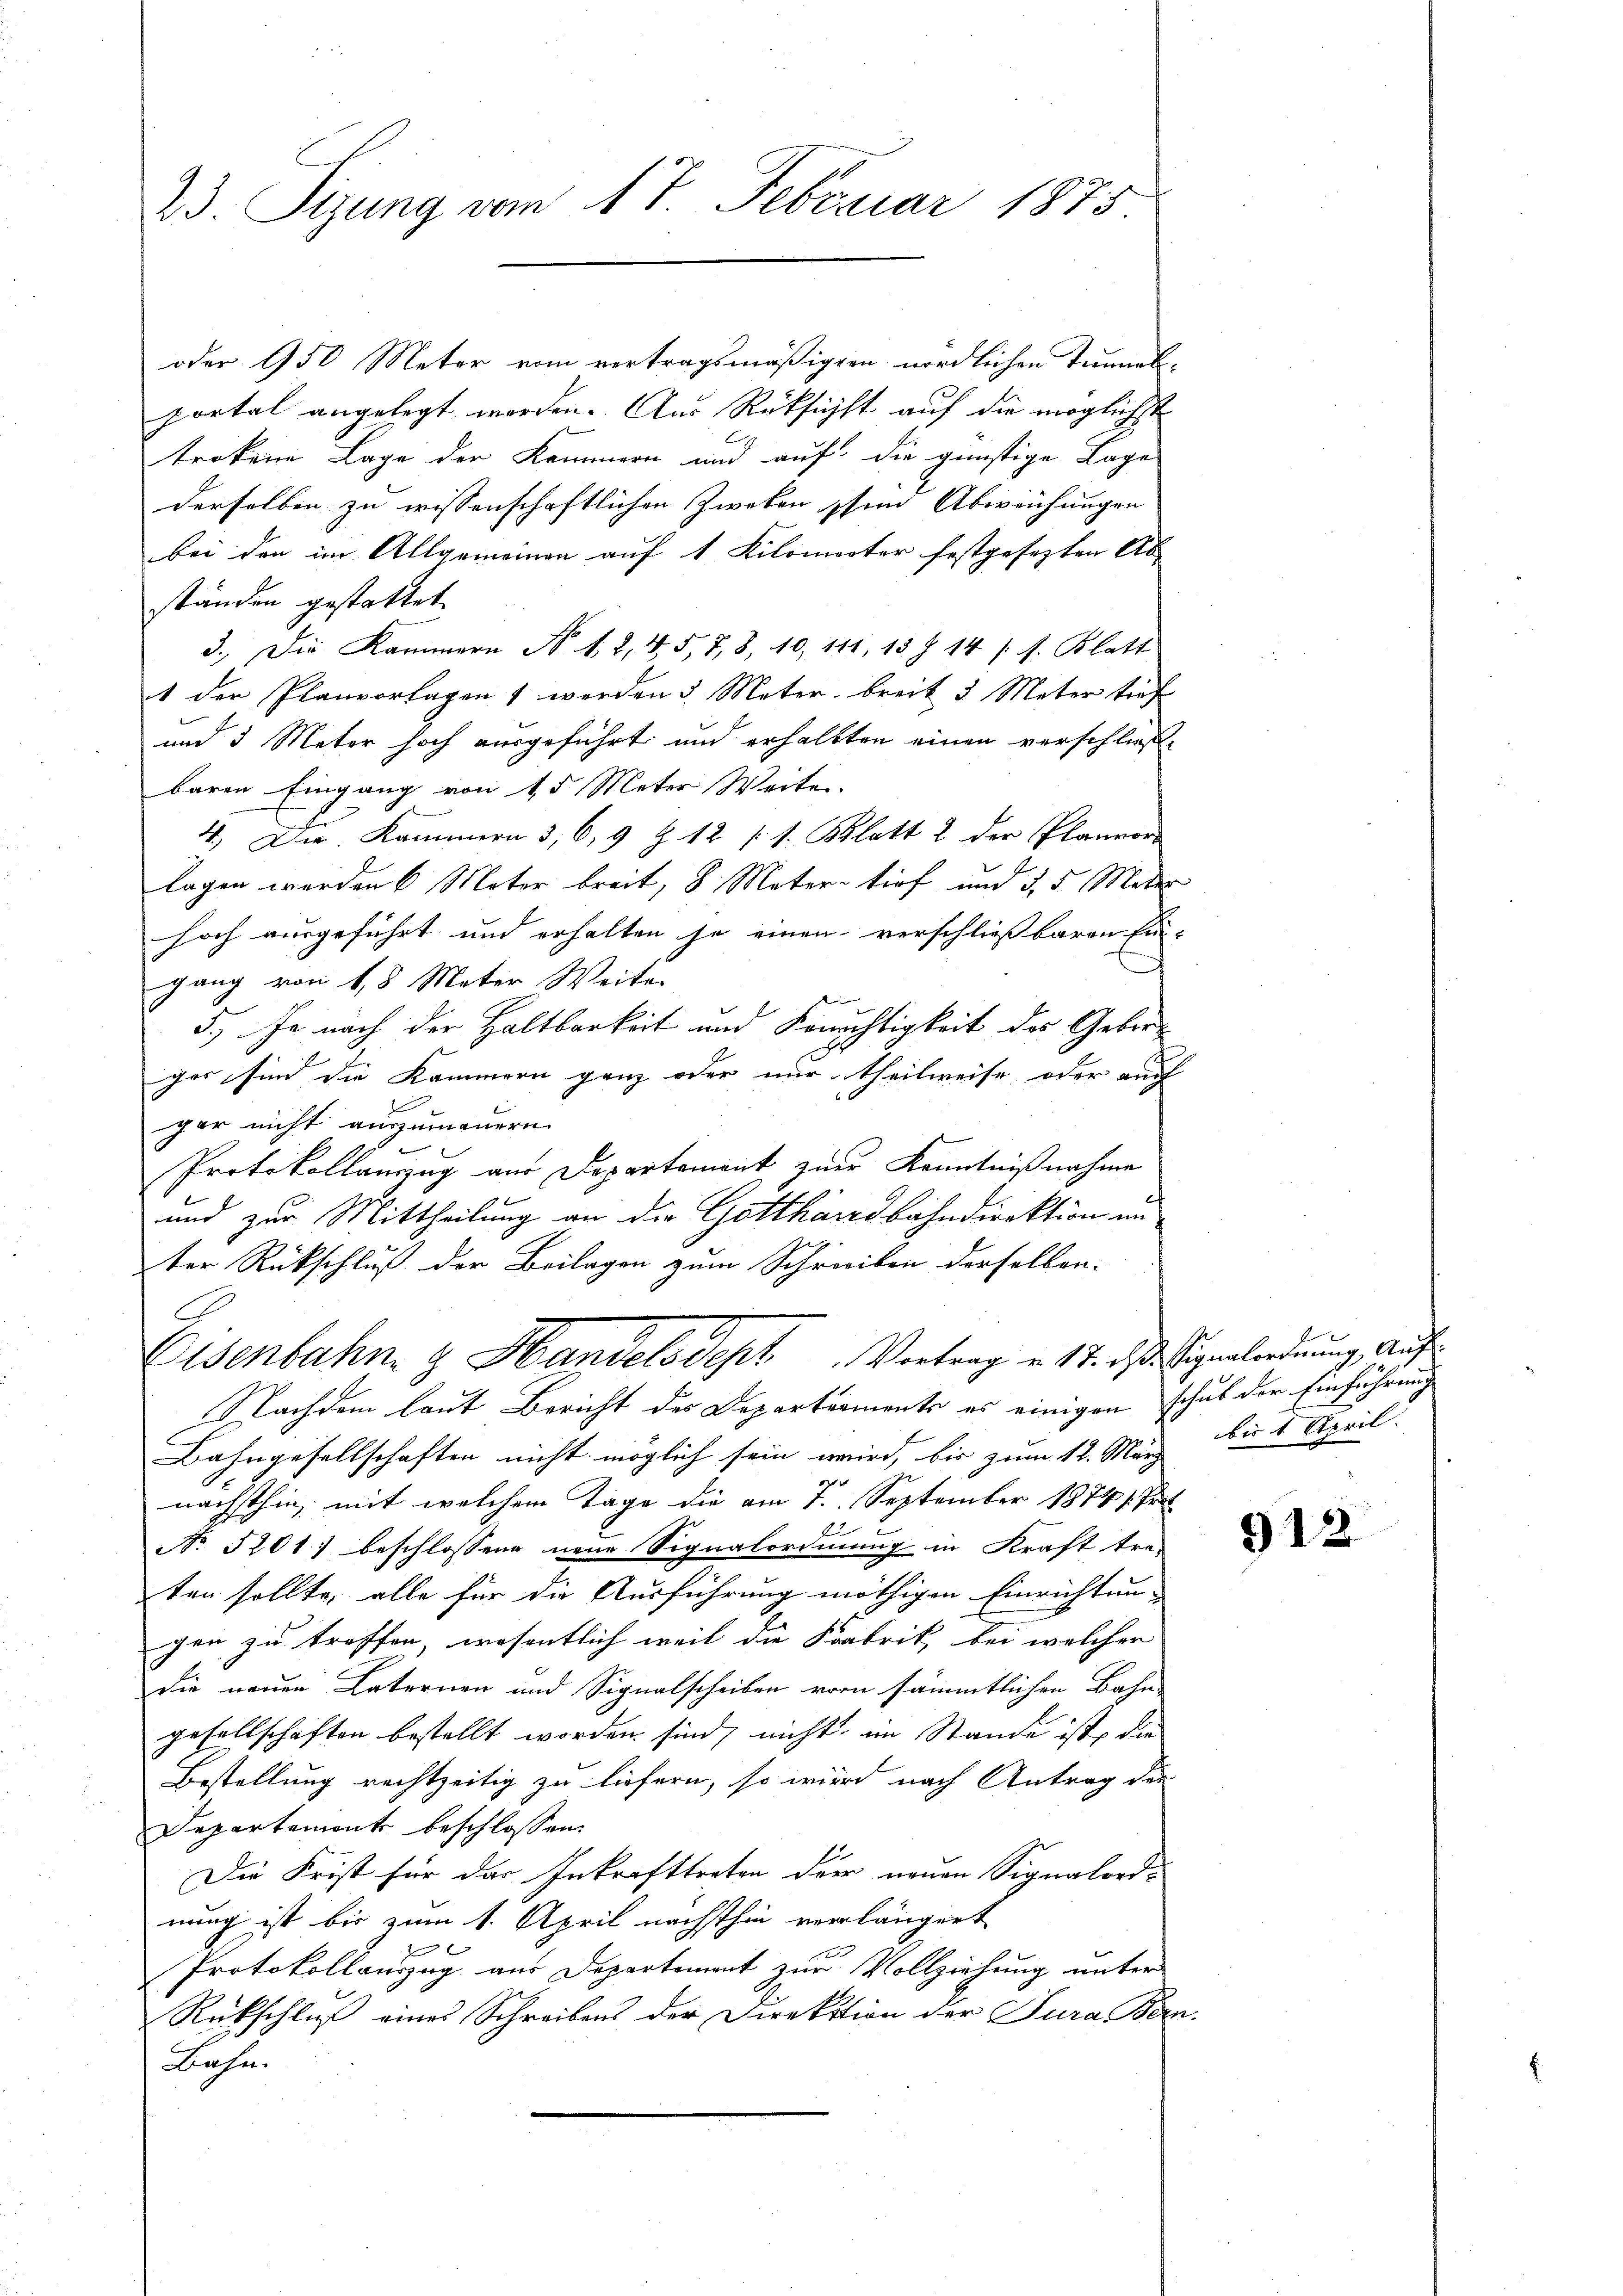
23. Sizung vom 17. Februar 1875

oder 950 Metor vom vertragsmäßigern nördlichen Tunnel-
portal angelegt worden. Aus Rüksicht auf die möglichst
trokene Lage der Kommern und auf die günstige Lage
derselben zu wissenschaftlichen Zweken sein Abweichungen
bei den im Allgemeinen auf 1 Kilomector festgesezten Ab-
ständen gestattet
3.) Die Kammern N. N. 2, 4, 5, 7, 8, 10, 111, 15 f 14 (s. Blatt
1 der Planvorlagen werden 3 Meter breit 3 Meter traf
und 3 Meter hoch ausgeführt und erhaltten einen verschließbaren Eingang von 15 Meter Weiten.
4.) Die Kammern 3, 6, 9 Z. 12 (s. Blatt 2 der Planver
lagen werden 6. Mater breit, 8 Mater tief und 3, 5 Meter
hoch ausgeführt und erhalten je einen verschließbaren Ein-
gang von 18 Mater Weite
5.) Je nach der Haltbarkeit und Konichtigkeit des Geborger sind die Kammern ganz oder nur theilweise oder auch
gar nicht auszumauern.
Protokollanzug aus Departement zuer Kenntnißnahme
und zur Mittheilung an die Gotthardbahndirektion un
ter Rückschluß der Beilagen zum Schreiben derselben.
Eisenbahn & Handelsdept Vortrag v. 17. des Eigentordnung, auf
Nachdem laut Bericht des Departements es einigen schub der Einführung
Bahngesellschaften nicht möglich sein wird, bis zum 12. März bis 1 April.
nächsthin, mit welchem Tage die am 7. September 1874. Pet
22
No 5201) beschlossene neue Signalordnung in Kraft tre-
ten sollte, alle für die Ausführung nöthigen Einrichtun-
gen zu troffen, wesentlich weil die Fabrik, bei welcher
die neuen Laternen und Signalscheiben vorn sämmtlichen Bahn-
gesellschaften bestellt worden sind, nicht im Stande ist, die
Bestellung rechtzeitig zu liefern, so wird nach Antrag der
Departement beschlossen:
Die Frist für das Inkrafttreten der neuen Signalordnung ist bis zum 1. April nächsthin verlängert
Protokollauszug aus Departement zur Vollziehung unter
Rückschluß eines Schreibens der Direktion der Jura Bern.
Bahn.

912